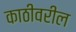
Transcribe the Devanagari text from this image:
काठीवरील